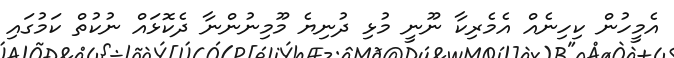
އެމީހުން ކިހިނެއް އެމެރިކާ ނޫނީ މުޅި ދުނިޔެ މޫމިނުންނާ ދެކޮޅައް ނުކުތް ކަމުގައި